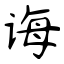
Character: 诲